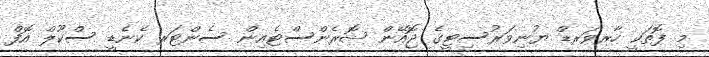
މި ފޮތަކީ ހާރވަރޑް ޔުނިވަރުސިޓީގެ ޖޮއޭން ޝޮރެންސްޓެއިން ސެންޓަރ ކެނެޑީ ސްކޫލް އޮފް